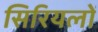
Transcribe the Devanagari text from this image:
सिरियलों